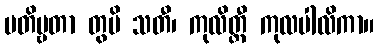
ပတိဗ္ဗတာ တွပိ သတီ၊ ကုလိတ္ထီ ကုလပါလိကာ။